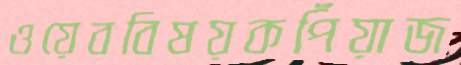
ওয়েববিষয়কপিঁয়াজ